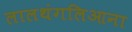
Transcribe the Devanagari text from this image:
लालथंगलिआना